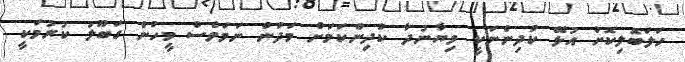
ހަލަބޮލިކޮށް އުޅޭ ކުދިންނަކީ ވިޔާނުދާ ކުދިންކަމަށް މަދުން ނަމަވެސް މީހުން ގަބޫލު ކުރުމަކީ